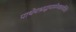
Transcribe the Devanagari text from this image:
पाथेयश्राद्धमामेनकार्यमिति